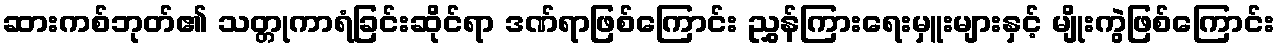
ဆားကစ်ဘုတ်၏ သတ္တုကာရံခြင်းဆိုင်ရာ ဒဏ်ရာဖြစ်ကြောင်း ညွှန်ကြားရေးမှူးများနှင့် မျိုးကွဲဖြစ်ကြောင်း